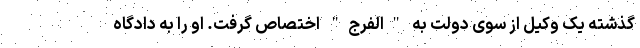
گذشته یک وکیل از سوی دولت به "الفرج" اختصاص گرفت. او را به دادگاه